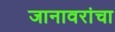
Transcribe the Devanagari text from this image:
जानावरांचा